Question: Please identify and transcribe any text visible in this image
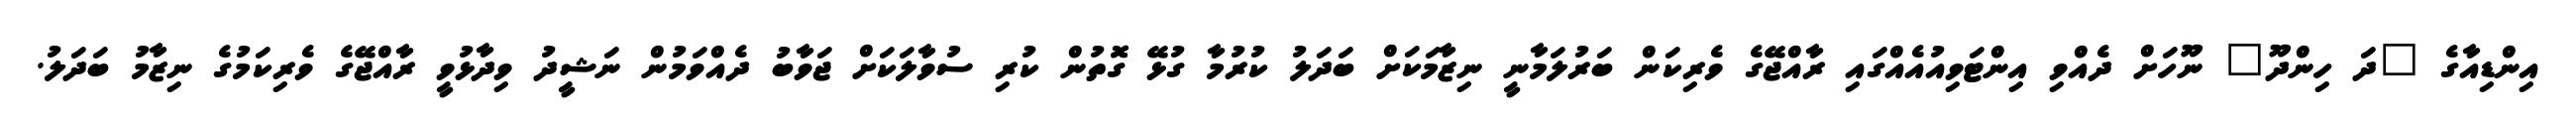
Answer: އިންޑިއާގެ "ދަ ހިންދޫ" ނޫހަށް ދެއްވި އިންޓަވިއުއެއްގައި ރާއްޖޭގެ ވެރިކަން ބަރުލަމާނީ ނިޒާމަކަށް ބަދަލު ކުރުމާ ގުޅޭ ގޮތުން ކުރި ސުވާލަކަށް ޖަވާބު ދެއްވަމުން ނަޝީދު ވިދާޅުވީ ރާއްޖޭގެ ވެރިކަމުގެ ނިޒާމު ބަދަލު.